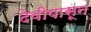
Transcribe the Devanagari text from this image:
देवीपासून